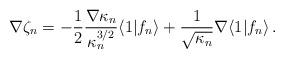
LaTeX: \begin{align*}\nabla \zeta_n = - \frac{1}{2} \frac{\nabla \kappa_n}{\kappa_n^{3/2}} \langle 1 | f_n \rangle + \frac{1}{\sqrt{\kappa_n}} \nabla \langle 1 | f_n \rangle \, .\end{align*}